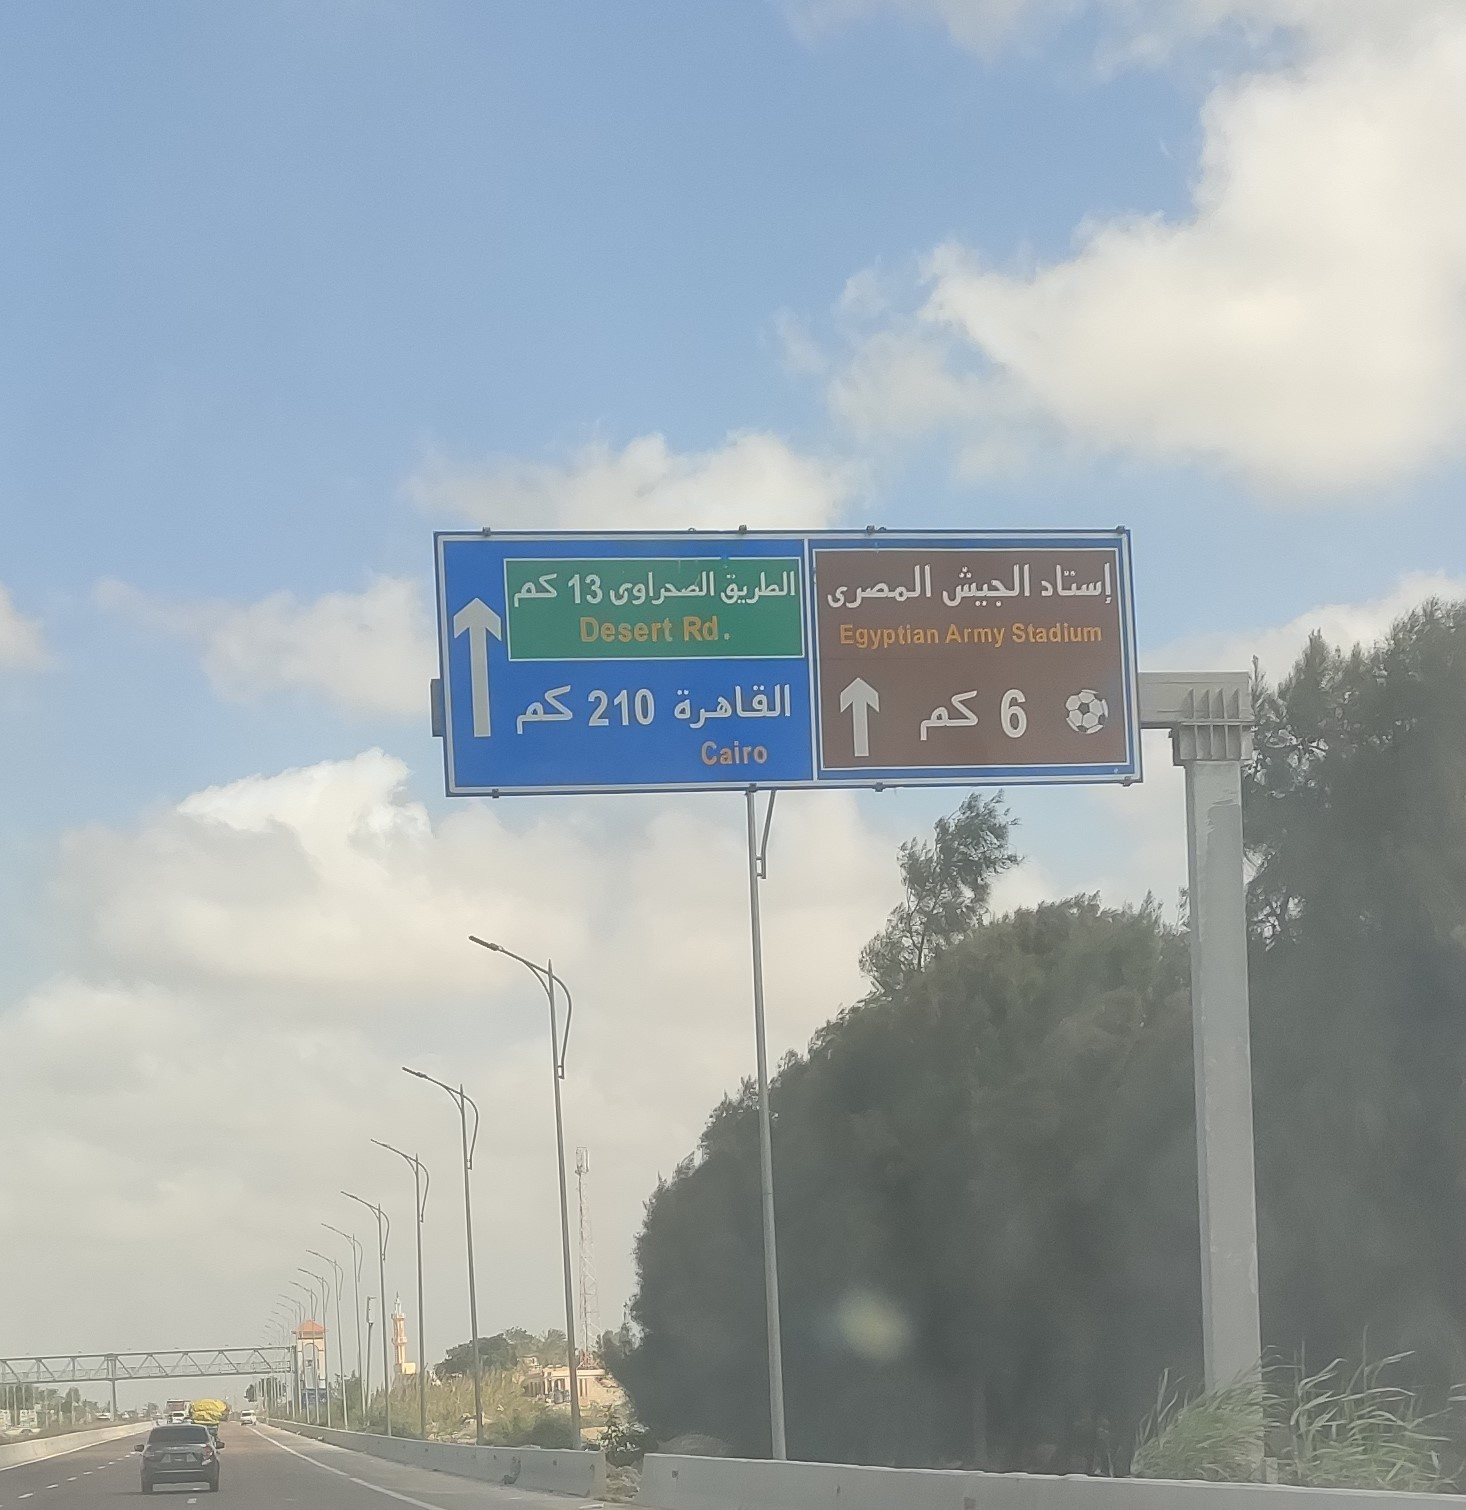
Text in image: إستاد الجيش المصرى الطريق الصحراوى كم القاهرة كم كم 13 Desert Rd Stadium Army Egyptian 210 6 Cairo